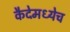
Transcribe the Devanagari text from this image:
कैदेमध्येच